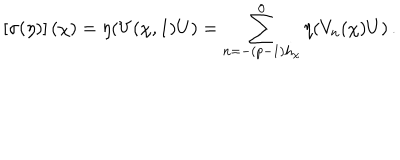
LaTeX: \left[ \sigma ( \eta ) \right] ( \chi ) = \eta ( V ( \chi , 1 ) U ) = \sum _ { n = - ( p - 1 ) h _ { \chi } } ^ { 0 } \eta ( V _ { n } ( \chi ) U ) \, .